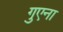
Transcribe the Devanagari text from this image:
गुएना